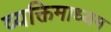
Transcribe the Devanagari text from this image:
व्यक्तिमाध्यम